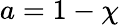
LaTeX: a=1-\chi